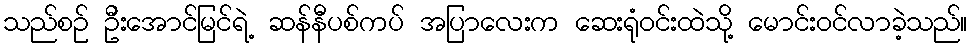
သည်စဉ် ဦးအောင်မြင်ရဲ့ ဆန်နီပစ်ကပ် အပြာလေးက ဆေးရုံဝင်းထဲသို့ မောင်းဝင်လာခဲ့သည်။